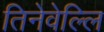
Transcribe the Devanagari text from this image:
तिनेवेल्लि